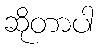
ဆိုတာပါ